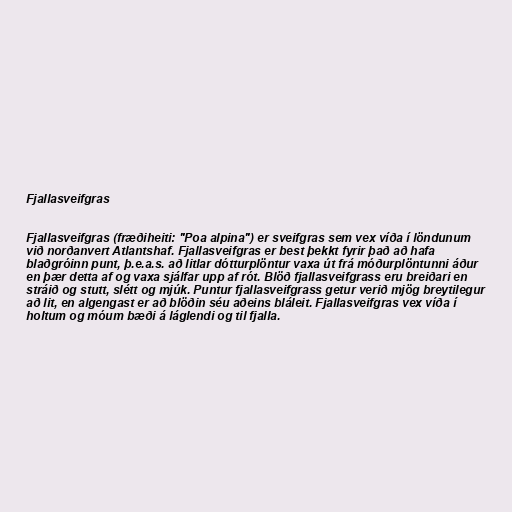
Fjallasveifgras

Fjallasveifgras (fræðiheiti: "Poa alpina") er sveifgras sem vex víða í löndunum
við norðanvert Atlantshaf. Fjallasveifgras er best þekkt fyrir það að hafa
blaðgróinn punt, þ.e.a.s. að litlar dótturplöntur vaxa út frá móðurplöntunni áður
en þær detta af og vaxa sjálfar upp af rót. Blöð fjallasveifgrass eru breiðari en
stráið og stutt, slétt og mjúk. Puntur fjallasveifgrass getur verið mjög breytilegur
að lit, en algengast er að blöðin séu aðeins bláleit. Fjallasveifgras vex víða í
holtum og móum bæði á láglendi og til fjalla.